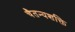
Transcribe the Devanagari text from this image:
चैतन्यशक्ति